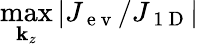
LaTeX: \operatorname*{max}_{\mathbf{k}_{z}}|J_{\mathrm{{~e~v~}}}/J_{\mathrm{{~1~D~}}}|